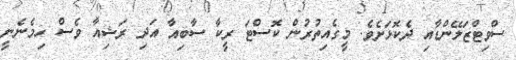
ސްވިޓްޒަލޭންޑާއި ދެކޮޅަށެވެ. މީގެއިތުރުން ކޮސްޓަ ރީކާ ސާބިއާ އަދި ރަޝިއާ ވެސް ހިމެނެނީ